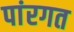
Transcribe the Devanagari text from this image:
पांरगत